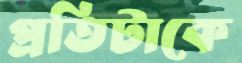
প্রতিটাকে